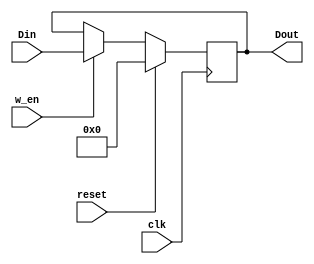
module DFF32(Din, reset, w_en, clk, Dout);
input [31:0] Din;
input reset, w_en, clk;
output [31:0] Dout;

reg [31:0] Dout;
always@ (posedge clk) begin
	if (reset)
		Dout <= 32'd0;
	else
		Dout <= (w_en)?Din:Dout;
end

endmodule